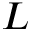
L